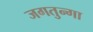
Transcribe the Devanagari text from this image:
जगतुन्गा